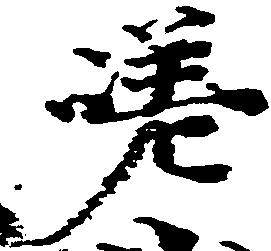
嵯